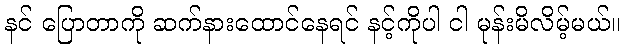
နင် ပြောတာကို ဆက်နားထောင်နေရင် နင့်ကိုပါ ငါ မုန်းမိလိမ့်မယ်။